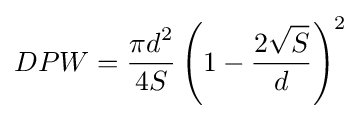
DPW={\frac {\displaystyle \pi d^{2}}{4S}}\left(1-{\frac {\displaystyle 2{\sqrt {S}}}{d}}\right)^{2}